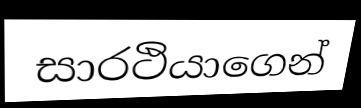
සාරථියාගෙන්